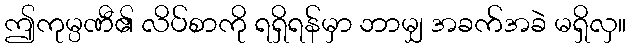
ဤကုမ္ပဏီ၏ လိပ်စာကို ရရှိရန်မှာ ဘာမျှ အခက်အခဲ မရှိလှ။